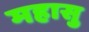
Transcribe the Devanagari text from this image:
महासु